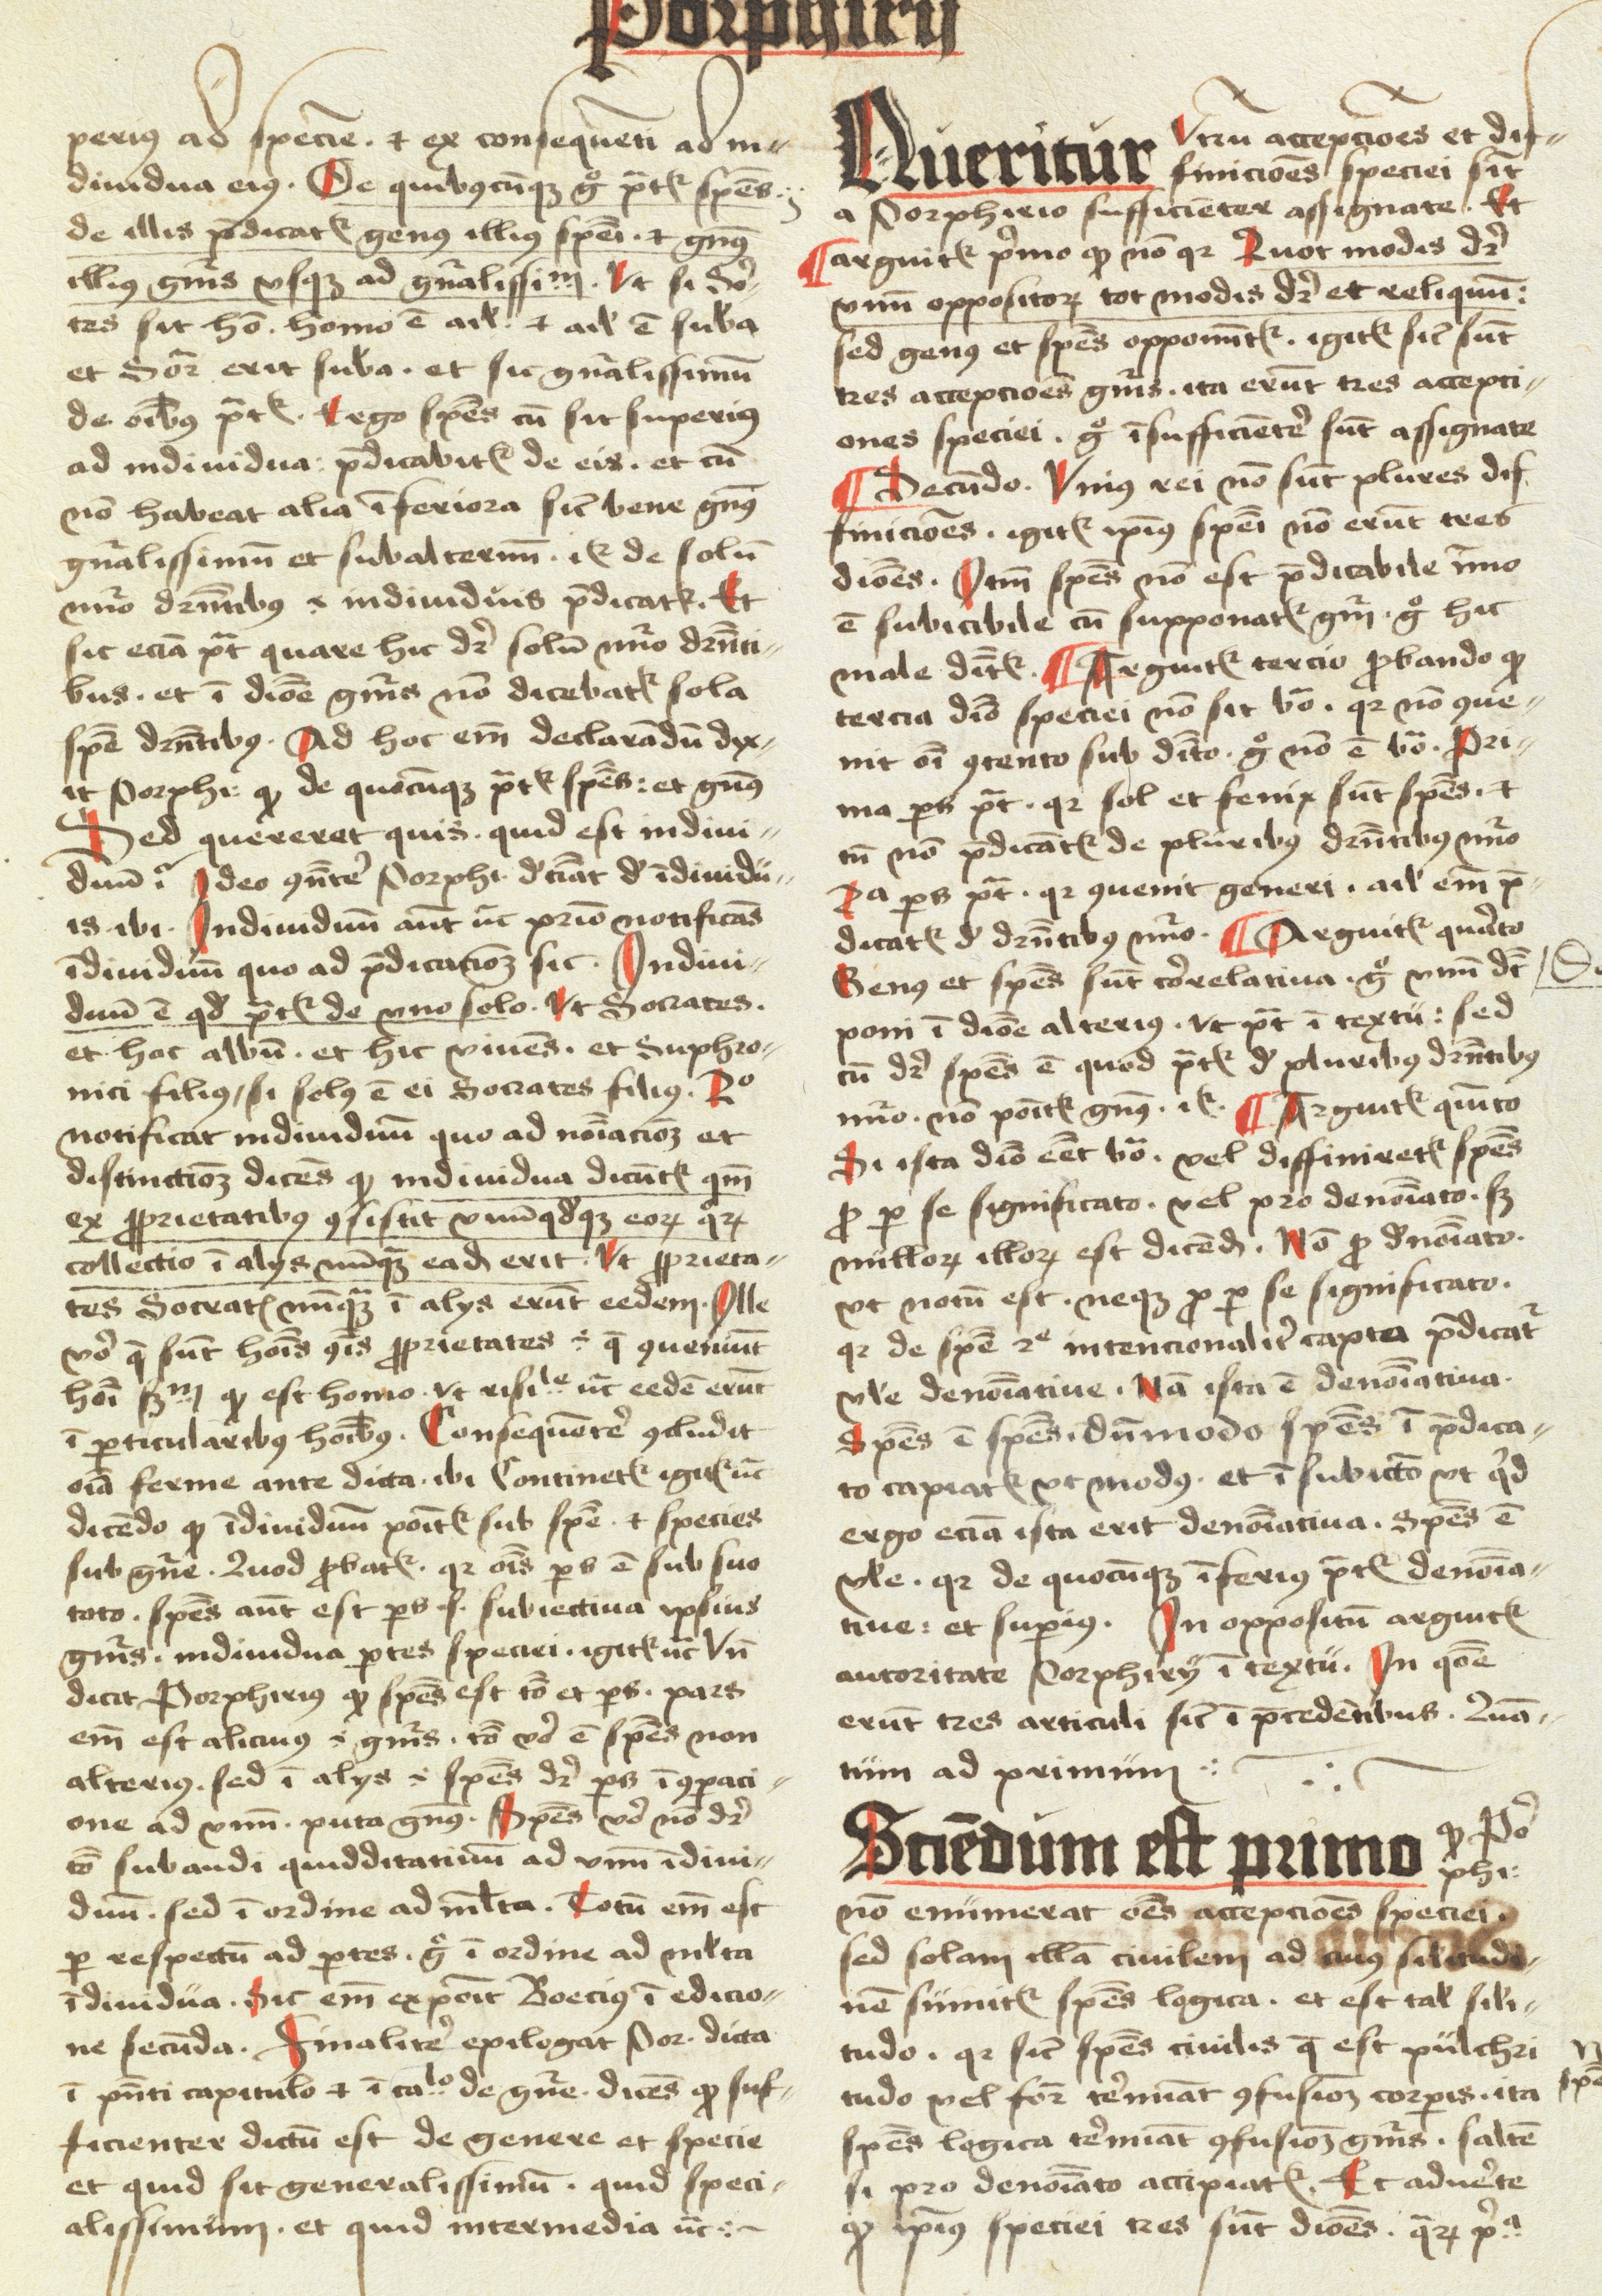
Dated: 1498–1499